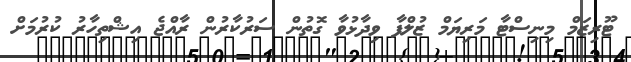
ޓޫރިޒަމް މިނިސްޓާ މަރިޔަމް ޒުލްފާ ވިދާޅުވާ ގޮތުން ސަރުކާރުން ރާއްޖެ އިޝްތިހާރު ކުރުމަށް